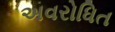
અવરોધિત